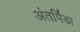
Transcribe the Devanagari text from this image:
अंतर्पिडा